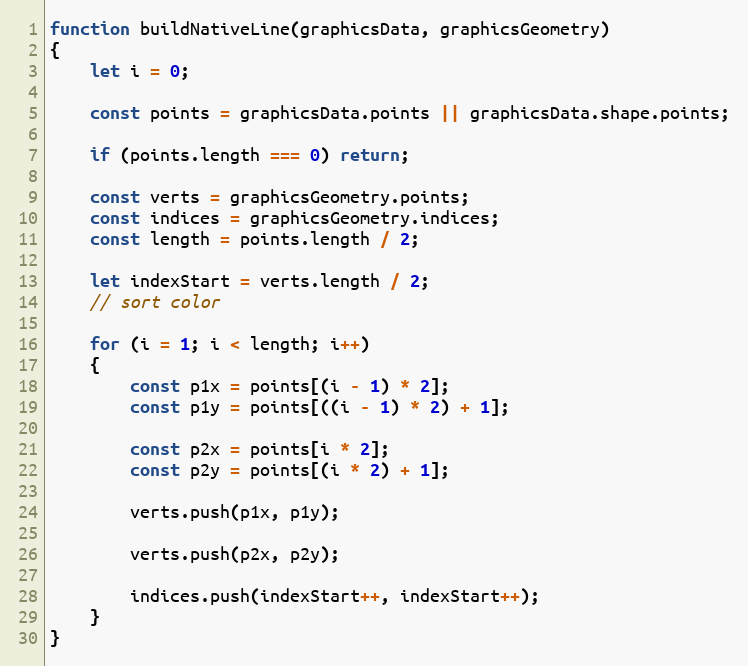
Language: JavaScript
function buildNativeLine(graphicsData, graphicsGeometry)
{
    let i = 0;

    const points = graphicsData.points || graphicsData.shape.points;

    if (points.length === 0) return;

    const verts = graphicsGeometry.points;
    const indices = graphicsGeometry.indices;
    const length = points.length / 2;

    let indexStart = verts.length / 2;
    // sort color

    for (i = 1; i < length; i++)
    {
        const p1x = points[(i - 1) * 2];
        const p1y = points[((i - 1) * 2) + 1];

        const p2x = points[i * 2];
        const p2y = points[(i * 2) + 1];

        verts.push(p1x, p1y);

        verts.push(p2x, p2y);

        indices.push(indexStart++, indexStart++);
    }
}